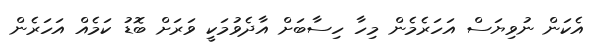
އެކަން ނުވިޔަސް އަހަރެމެން މިހާ ހިސާބަށް އާދެވުމަކީ ވަރަށް ބޮޑު ކަމެއް އަހަރެން